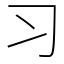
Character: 习